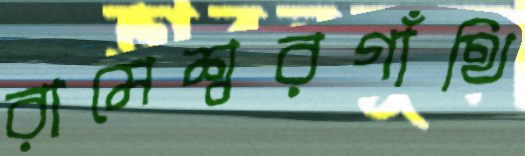
রামেশ্বরগাঁথি